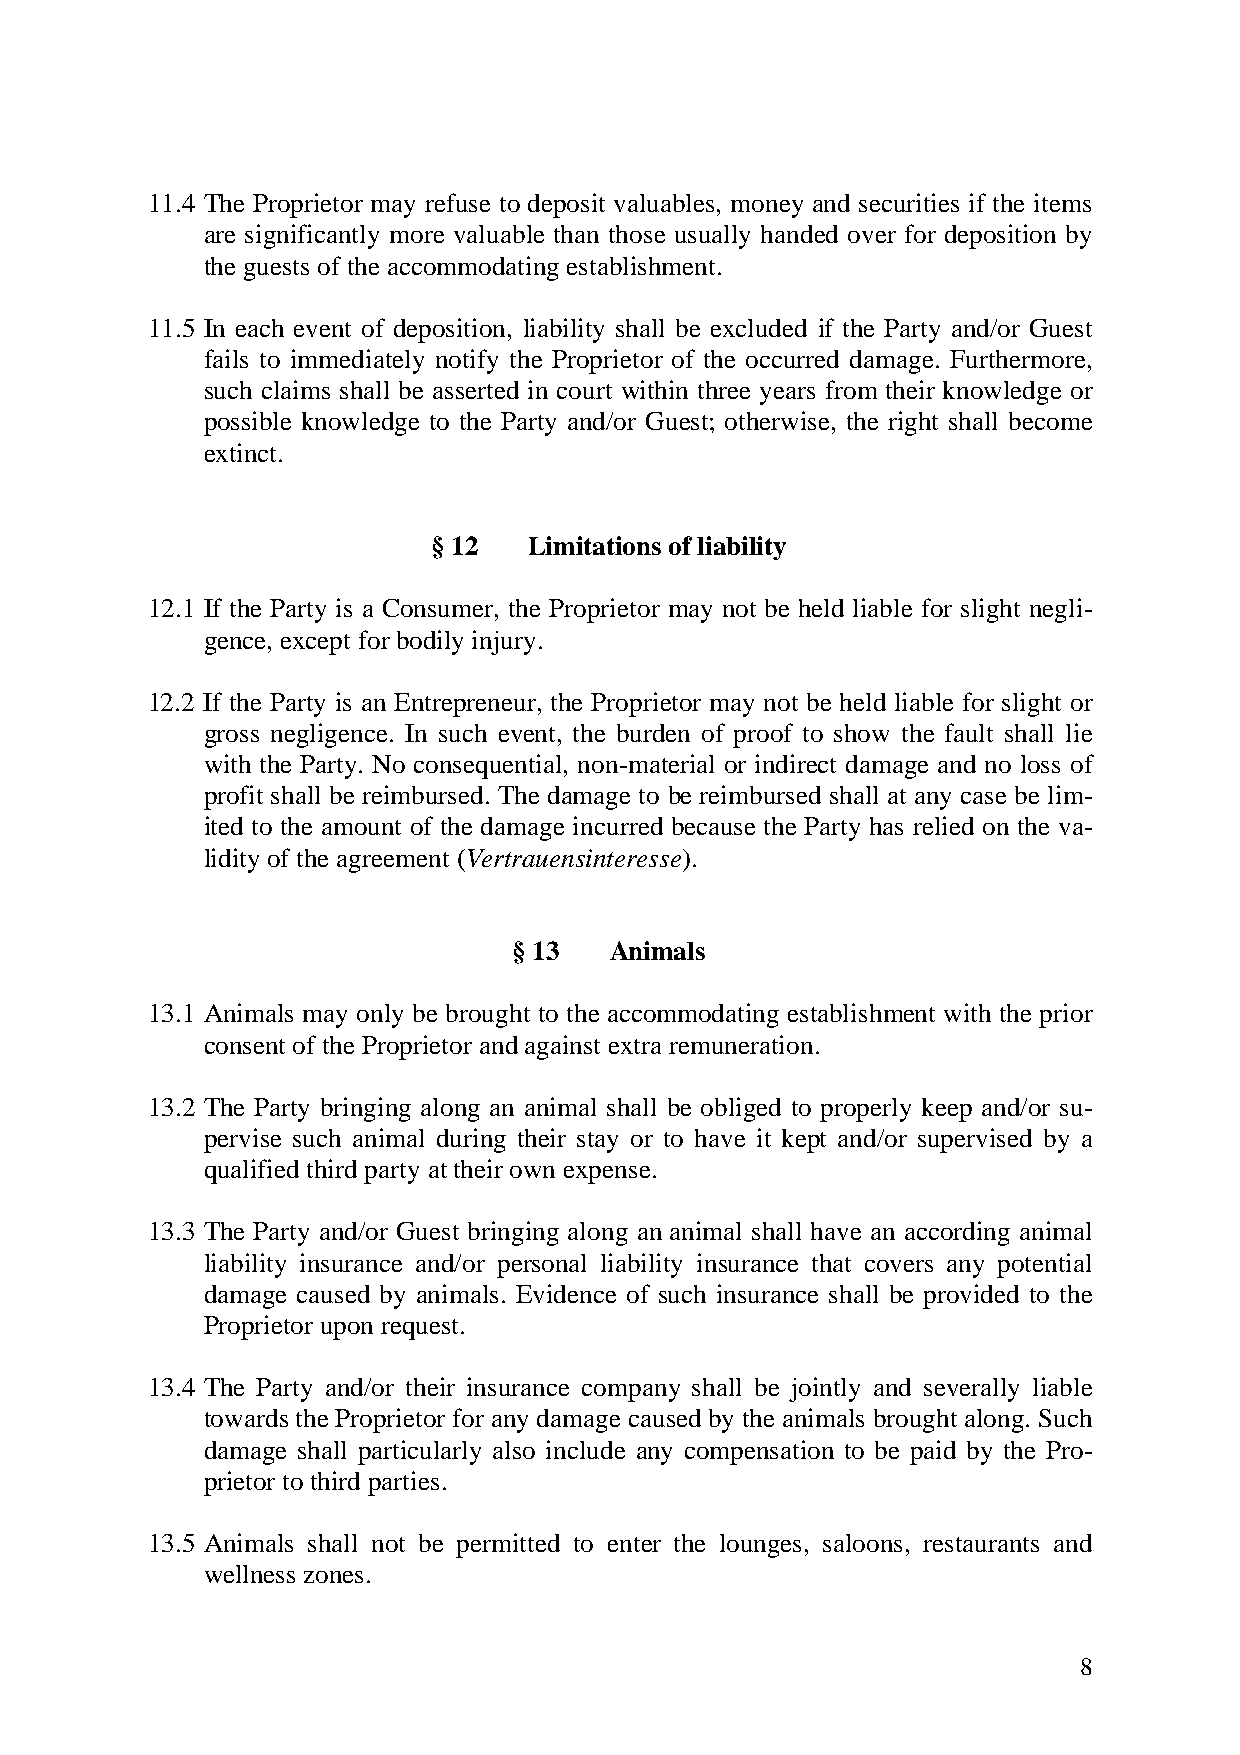
11.4 The Proprietor may refuse to deposit valuables, money and securities if the items
 are significantly more valuable than those usually handed over for deposition by
 the guests of the accommodating establishment.
 11.5 In each event of deposition, liability shall be excluded if the Party and/or Guest
 fails to immediately notify the Proprietor of the occurred damage. Furthermore,
 such claims shall be asserted in court within three years from their knowledge or
 possible knowledge to the Party and/or Guest; otherwise, the right shall become
 extinct.
 § 12  Limitations of liability
 12.1 If the Party is a Consumer, the Proprietor may not be held liable for slight negli-
 gence, except for bodily injury.
 12.2 If the Party is an Entrepreneur, the Proprietor may not be held liable for slight or
 gross negligence. In such event, the burden of proof to show the fault shall lie
 with the Party. No consequential, non-material or indirect damage and no loss of
 profit shall be reimbursed. The damage to be reimbursed shall at any case be lim-
 ited to the amount of the damage incurred because the Party has relied on the va-
 lidity of the agreement (Vertrauensinteresse).
 § 13  Animals
 13.1 Animals may only be brought to the accommodating establishment with the prior
 consent of the Proprietor and against extra remuneration.
 13.2 The Party bringing along an animal shall be obliged to properly keep and/or su-
 pervise such animal during their stay or to have it kept and/or supervised by a
 qualified third party at their own expense.
 13.3 The Party and/or Guest bringing along an animal shall have an according animal
 liability insurance and/or personal liability insurance that covers any potential
 damage caused by animals. Evidence of such insurance shall be provided to the
 Proprietor upon request.
 13.4 The Party and/or their insurance company shall be jointly and severally liable
 towards the Proprietor for any damage caused by the animals brought along. Such
 damage shall particularly also include any compensation to be paid by the Pro-
 prietor to third parties.
 13.5 Animals shall not be permitted to enter the lounges, saloons, restaurants and
 wellness zones.
 8